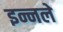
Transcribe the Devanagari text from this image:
इन्नले